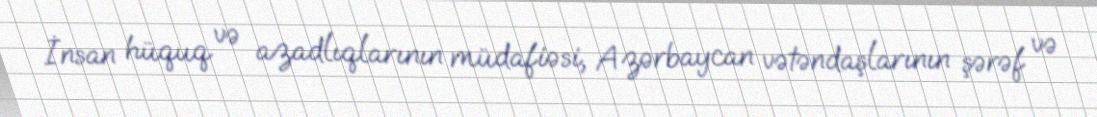
İnsan hüquq və azadlıqlarının müdafiəsi, Azərbaycan vətəndaşlarının şərəf və